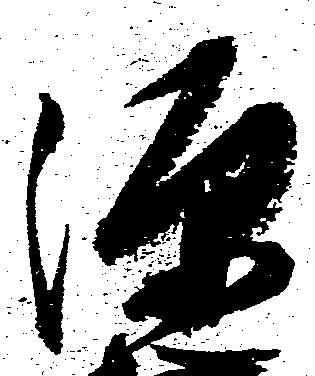
源